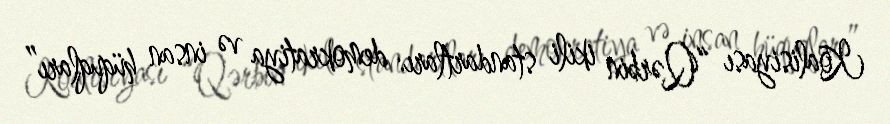
Koalisiyası “Qərbin ikili standartları: demokratiya və insan hüquqları”